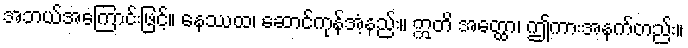
အဘယ်အကြောင်းဖြင့်။ နေဿထ၊ ဆောင်ကုန်အံ့နည်း။ ဣတိ အတ္ထော၊ ဤကားအနက်တည်း။